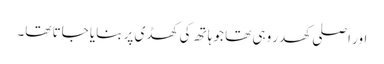
اور اصلی کھدر وہی تھا جو ہاتھ کی کھڈی پر بنایا جاتا تھا۔